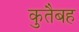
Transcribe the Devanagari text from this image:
कुतैबह